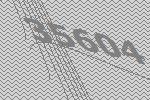
35604